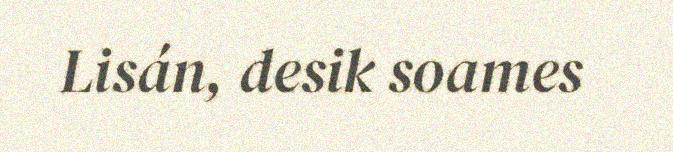
Lisán, desik soames